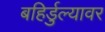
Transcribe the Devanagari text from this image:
बहिर्डुल्यावर